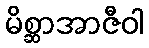
မိစ္ဆာအာဇီဝါ